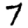
Digit: 7